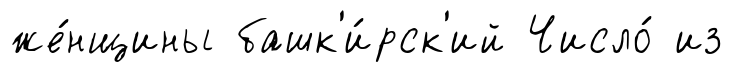
же́нщины башк'и́рск'ий Число́ из